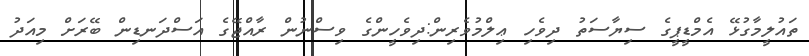
ތައުލީމާގުޅޭ އެމްޑީޕީގެ ސިޔާސަތު ދިވެހި ޢިލްމުވެރިން:ދިވެހީންގެ ވިސްނުން ރާއްޖޭގެ އަސްދަނޑިން ބޭރަށް މިއަދު